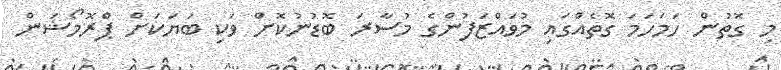
މި ގޮތުން ހަމަހަމަ ގޮތެއްގައި މުވައްޒަފުންގެ މުސާރަ ބޮޑުނުކޮށް ވަކި ބަޔަކަށް ޕްރޮމޯޝަން